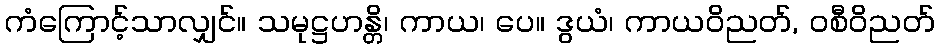
ကံကြောင့်သာလျှင်။ သမုဋ္ဌဟန္တိ၊ ကာယ၊ ပေ။ ဒွယံ၊ ကာယဝိညတ်, ဝစီဝိညတ်